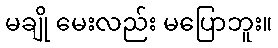
မချို မေးလည်း မပြောဘူး။